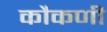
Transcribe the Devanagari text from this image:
कौकणी